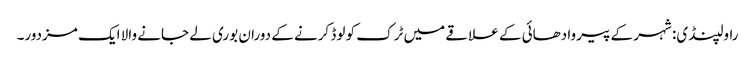
راولپنڈی: شہر کے پیروادھائی کے علاقے میں ٹرک کو لوڈ کرنے کے دوران بوری لے جانے والا ایک مزدور۔